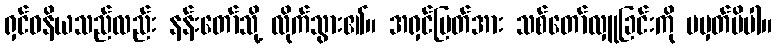
ရှင်ဓနိယသည်လည်း နန်းတော်သို့ လိုက်သွား၏။ အရှင်မြတ်အား သစ်တော်လှူခြင်းကို မမှတ်မိပါ။